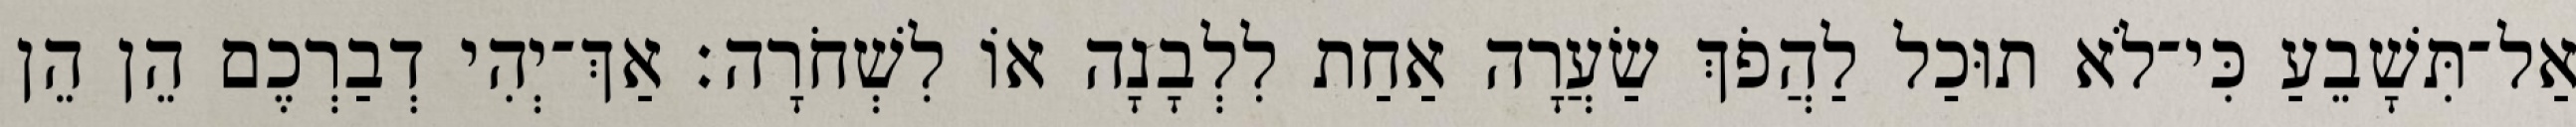
אַל־תִּשָׁבֵעַ כִּי־לֹא תוּכַל לַהֲפֹךְ שַׂעֲרָה אַחַת לִלְבָנָה אוֹ לִשְׁחֹרָה׃ אַךְ־יְהִי דְבַרְכֶם הֵן הֵן